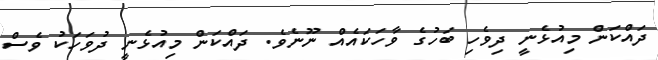
ދައްކަން މިއުޅެނީ ދިވެހި ބަހުގެ ވާހަކައެއް ނޫނެވެ. ދައްކަން މިއުޅެނީ ދުވަހަކު ވެސް